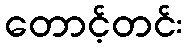
တောင့်တင်း